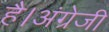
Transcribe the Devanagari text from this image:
है।अंग्रेजी